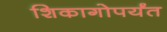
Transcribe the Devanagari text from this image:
शिकागोपर्यंत